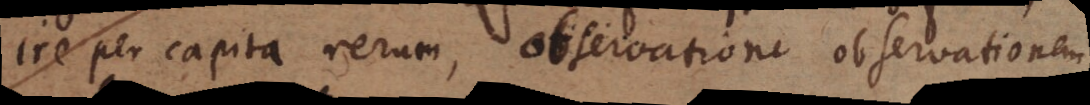
ire per capita rerum, observatione observationem